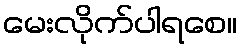
မေးလိုက်ပါရစေ။